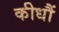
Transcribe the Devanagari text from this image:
कीधौं